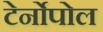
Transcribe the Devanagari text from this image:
टेर्नोपोल